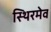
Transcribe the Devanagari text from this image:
स्थिरमेव